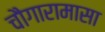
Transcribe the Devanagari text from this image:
चौगारामासा